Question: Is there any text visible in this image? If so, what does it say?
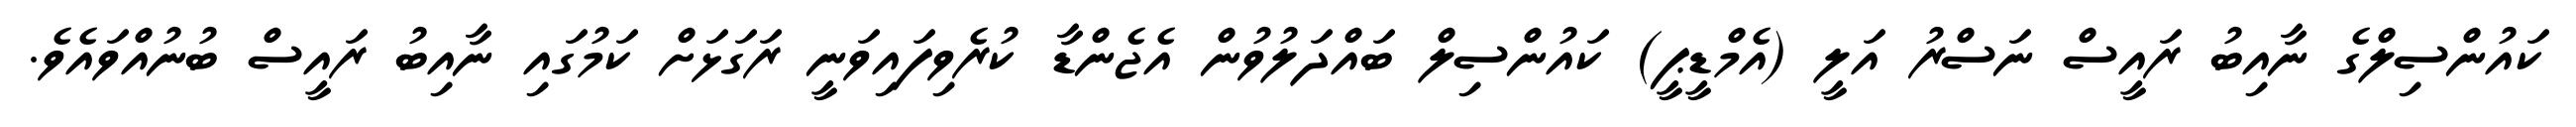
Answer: ކައުންސިލްގެ ނާއިބު ރައީސް ނަސްރު އަލީ (އެމްޑީޕީ) ކައުންސިލް ބައްދަލުވުން އެޖެންޑާ ކުރެވިފައިވަނީ ރަގަޅަށް ކަމުގައި ނާއިބު ރައީސް ބުނުއްވައެވެ.